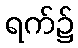
ရက်၌